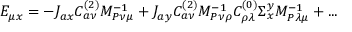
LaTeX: E _ { \mu x } = - J _ { a x } C _ { a \nu } ^ { ( 2 ) } M _ { P \nu \mu } ^ { - 1 } + J _ { a y } C _ { a \nu } ^ { ( 2 ) } M _ { P \nu \rho } ^ { - 1 } C _ { \rho \lambda } ^ { ( 0 ) } \Sigma _ { x } ^ { y } M _ { P \lambda \mu } ^ { - 1 } + . . .